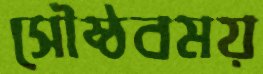
সৌষ্ঠবময়